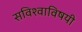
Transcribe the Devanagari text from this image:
सविश्वाविषयी